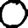
Digit: 0